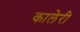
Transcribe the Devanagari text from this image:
कालेरी